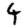
Digit: 4